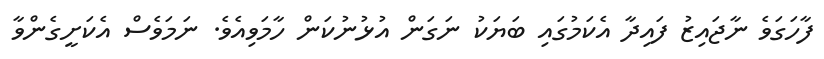
ފާހަގަވެ ނާޖައިޒު ފައިދާ އެކަމުގައި ބަޔަކު ނަގަން އުޅުނުކަން ހާމަވިއެވެ. ނަމަވެސް އެކަށީގެންވާ